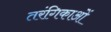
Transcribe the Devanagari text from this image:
तरंगिकाओं